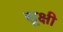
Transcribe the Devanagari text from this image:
सूक्षी